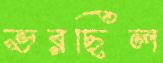
ভরছিল